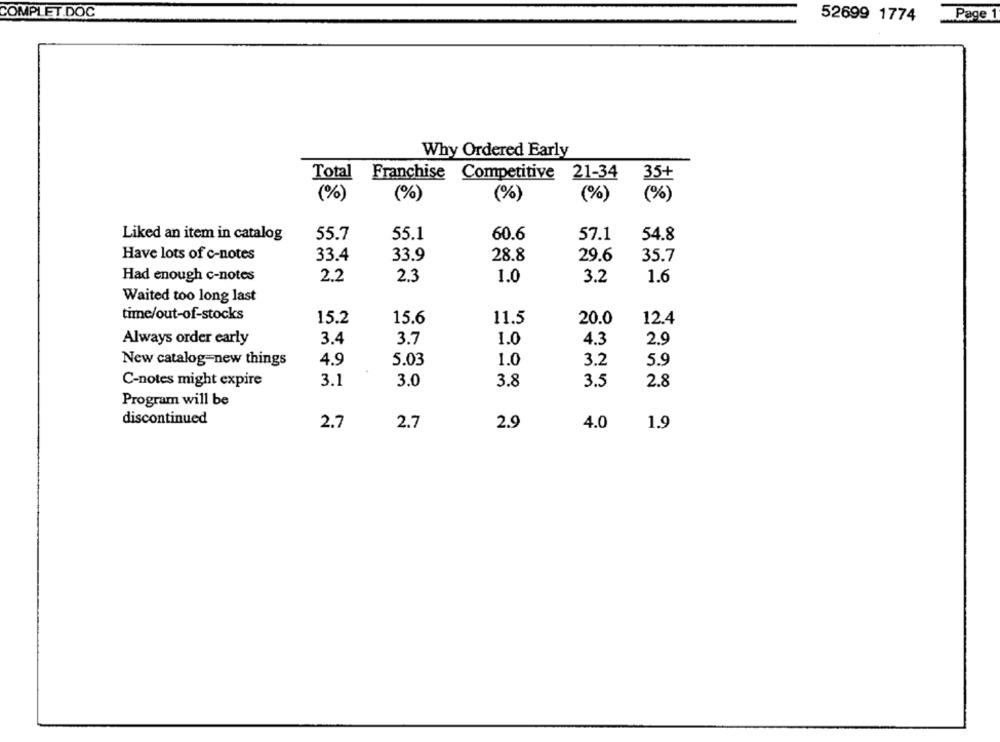
COMPLET.DOC
52699 1774
Page 1
Why Ordered Early
Total Franchise Competitive 21-34
35+
(%)
(%)
(%)
(%)
(%)
Liked an item in catalog
55.7
55.1
60.6
57.1
54.8
Have lots of c-notes
33.4
33.9
28.8
29.6
35.7
Had enough c-notes
2.2
2.3
1.0
3.2
1.6
Waited too long last
time/out-of-stocks
15.2
15.6
12.4
11.5
20.0
Always order early
3.4
3.7
1.0
4.3
2.9
New catalog-new things
4.9
5.03
1.0
3.2
5.9
C-notes might expire
3.1
3.0
3.8
3.5
2.8
Program will be
discontinued
2.7
2.7
2.9
4.0
1.9